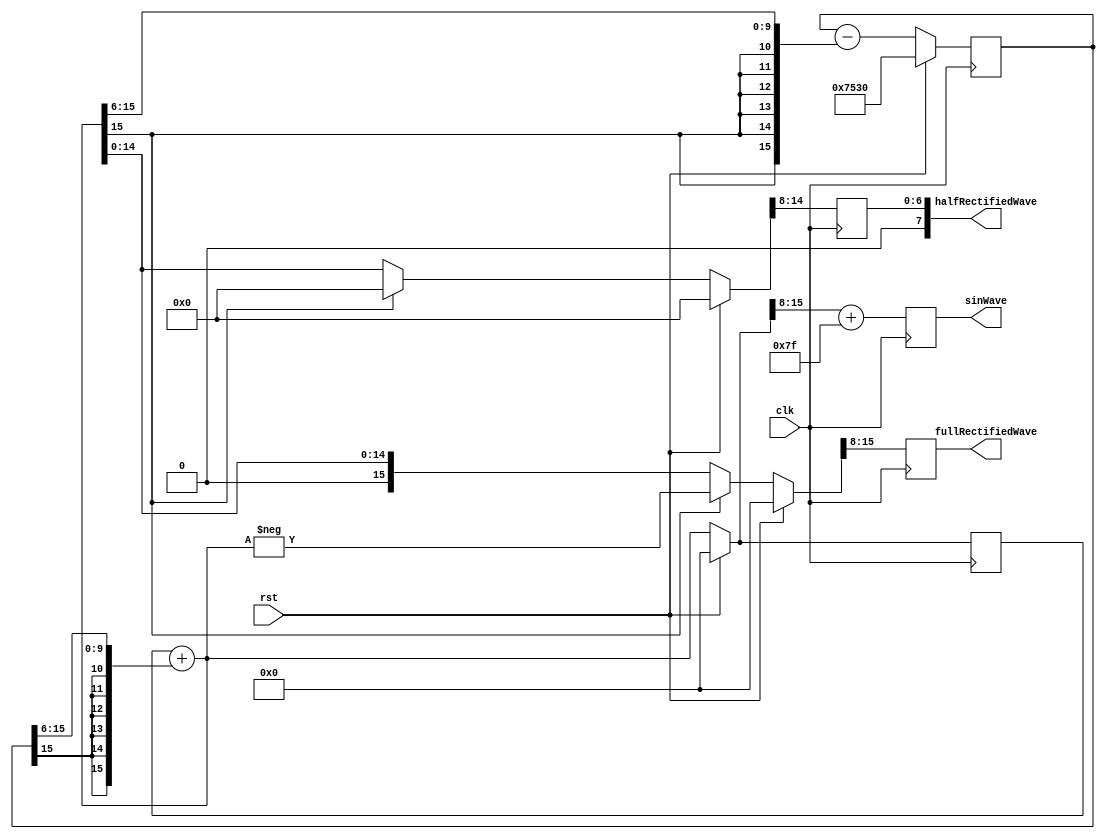
`define SIN_0 16'd0
`define COS_0 16'd30000
`define OFFSET 8'd127

module SinandRectifiedWave(clk, rst, sinWave, fullRectifiedWave, halfRectifiedWave);
	input clk, rst;
	output reg [7:0] sinWave 	       = `SIN_0,
					 fullRectifiedWave = `SIN_0,
					 halfRectifiedWave = `SIN_0;

	reg [15:0] sin_out = `SIN_0, cos_out = `COS_0, 
			   fullRectified = `SIN_0, halfRectified = `SIN_0;
	reg [7:0] sin_out_offset, cos_out_offset ;
	reg [7:0] count_out = 8'b0;
	
	always @(posedge clk) begin
		if (rst) begin 
			sin_out = `SIN_0;
			cos_out = `COS_0;
			fullRectified = `SIN_0;
			halfRectified = `SIN_0;
		end
		else begin
			sin_out = sin_out + {{6{cos_out[15]}}, cos_out[15:6]}; 
			cos_out = cos_out - {{6{sin_out[15]}}, sin_out[15:6]};
			fullRectified = (sin_out[15]) ? -sin_out : sin_out;
			halfRectified = (sin_out[15]) ? 16'b0 : sin_out;
		end

		sin_out_offset = sin_out[15:8] + `OFFSET;
		cos_out_offset = cos_out[15:8] + `OFFSET;
		sinWave = sin_out_offset;
		fullRectifiedWave = fullRectified[15:8];
		halfRectifiedWave = halfRectified[15:8];
	end	

	always @(posedge clk) begin
		if (rst) 
			count_out = 8'b0;
		else 
			count_out = count_out + 1;
	end
	
endmodule